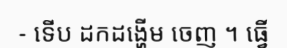
- ទើប ដកដង្ហើម ចេញ ។ ធ្វើ